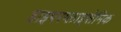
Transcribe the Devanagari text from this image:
हाइपरग्लाइसेमिक